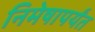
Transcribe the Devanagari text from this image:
निमेषापर्यंत